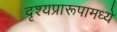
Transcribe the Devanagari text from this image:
दृश्यप्रारूपामध्ये